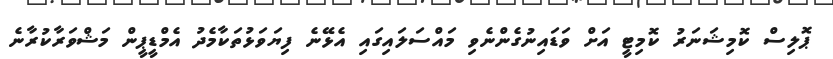
ޕޮލިސް ކޮމިޝަނަރު ކޮމިޓީ އަށް ވަޑައިނުގެންނެވި މައްސަލައިގައި އެޅޭނެ ފިޔަވަޅުތަކާމެދު އެމްޑީޕީން މަޝްވަރާކުރާނެ